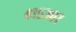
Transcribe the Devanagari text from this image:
४१५३०७